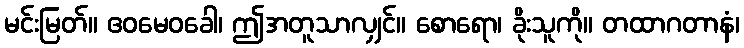
မင်းမြတ်။ ဧဝမေဝခေါ၊ ဤအတူသာလျှင်။ စောရော၊ ခိုးသူကို။ တထာဂတာနံ၊